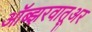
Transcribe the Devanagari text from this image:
ऑब्झरवातूअर